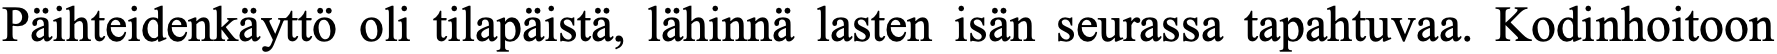
Päihteidenkäyttö oli tilapäistä, lähinnä lasten isän seurassa tapahtuvaa. Kodinhoitoon